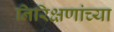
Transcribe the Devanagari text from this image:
निरिक्षणांच्या